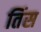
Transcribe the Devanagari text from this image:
तिंस